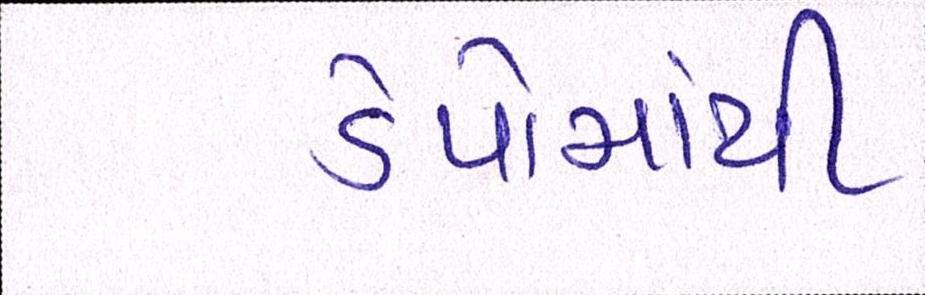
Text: ડેપોમાંથી